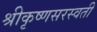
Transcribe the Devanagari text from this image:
श्रीकृष्णसरस्वती